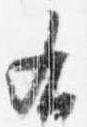
右